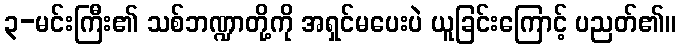
၃-မင်းကြီး၏ သစ်ဘဏ္ဍာတို့ကို အရှင်မပေးပဲ ယူခြင်းကြောင့် ပညတ်၏။